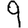
Digit: 9